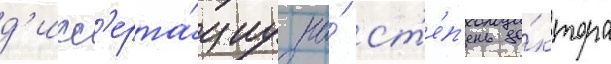
д'исс'ерта́циу на́ ст'е́п'ень до́ктора